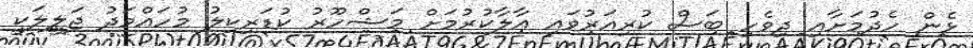
ޅެން ހެދުމަށާއި ދިވެހި ބަސް ކުރިއަރުވައި އާލާކުރުމަށް މަޝްހޫރު ކުޑަރިކިލު މުހައްމަދު ޖަލީލަކީ